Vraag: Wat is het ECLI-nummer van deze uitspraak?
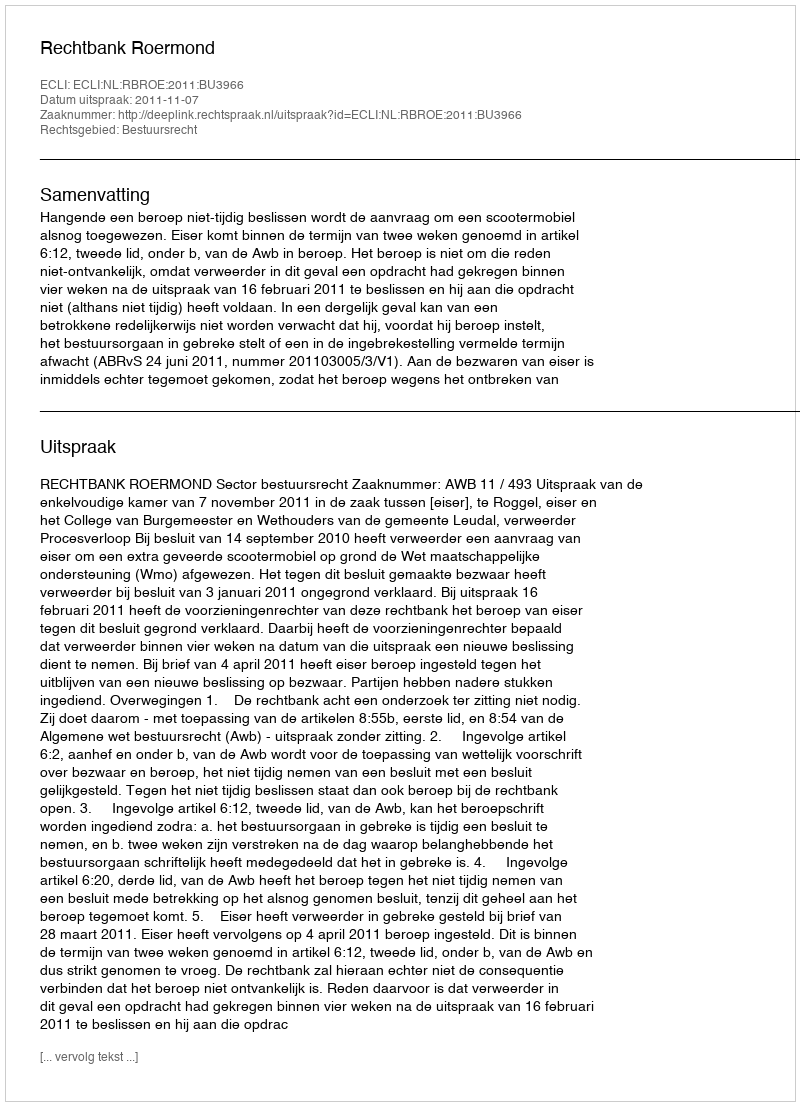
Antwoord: ECLI:NL:RBROE:2011:BU3966